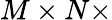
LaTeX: M\times N\times